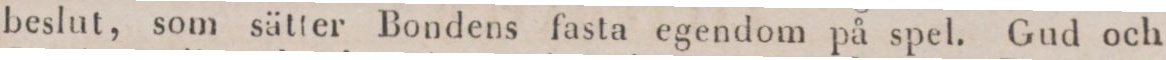
beslut, som sätter Bondens fasta egendom på spel. Gud och